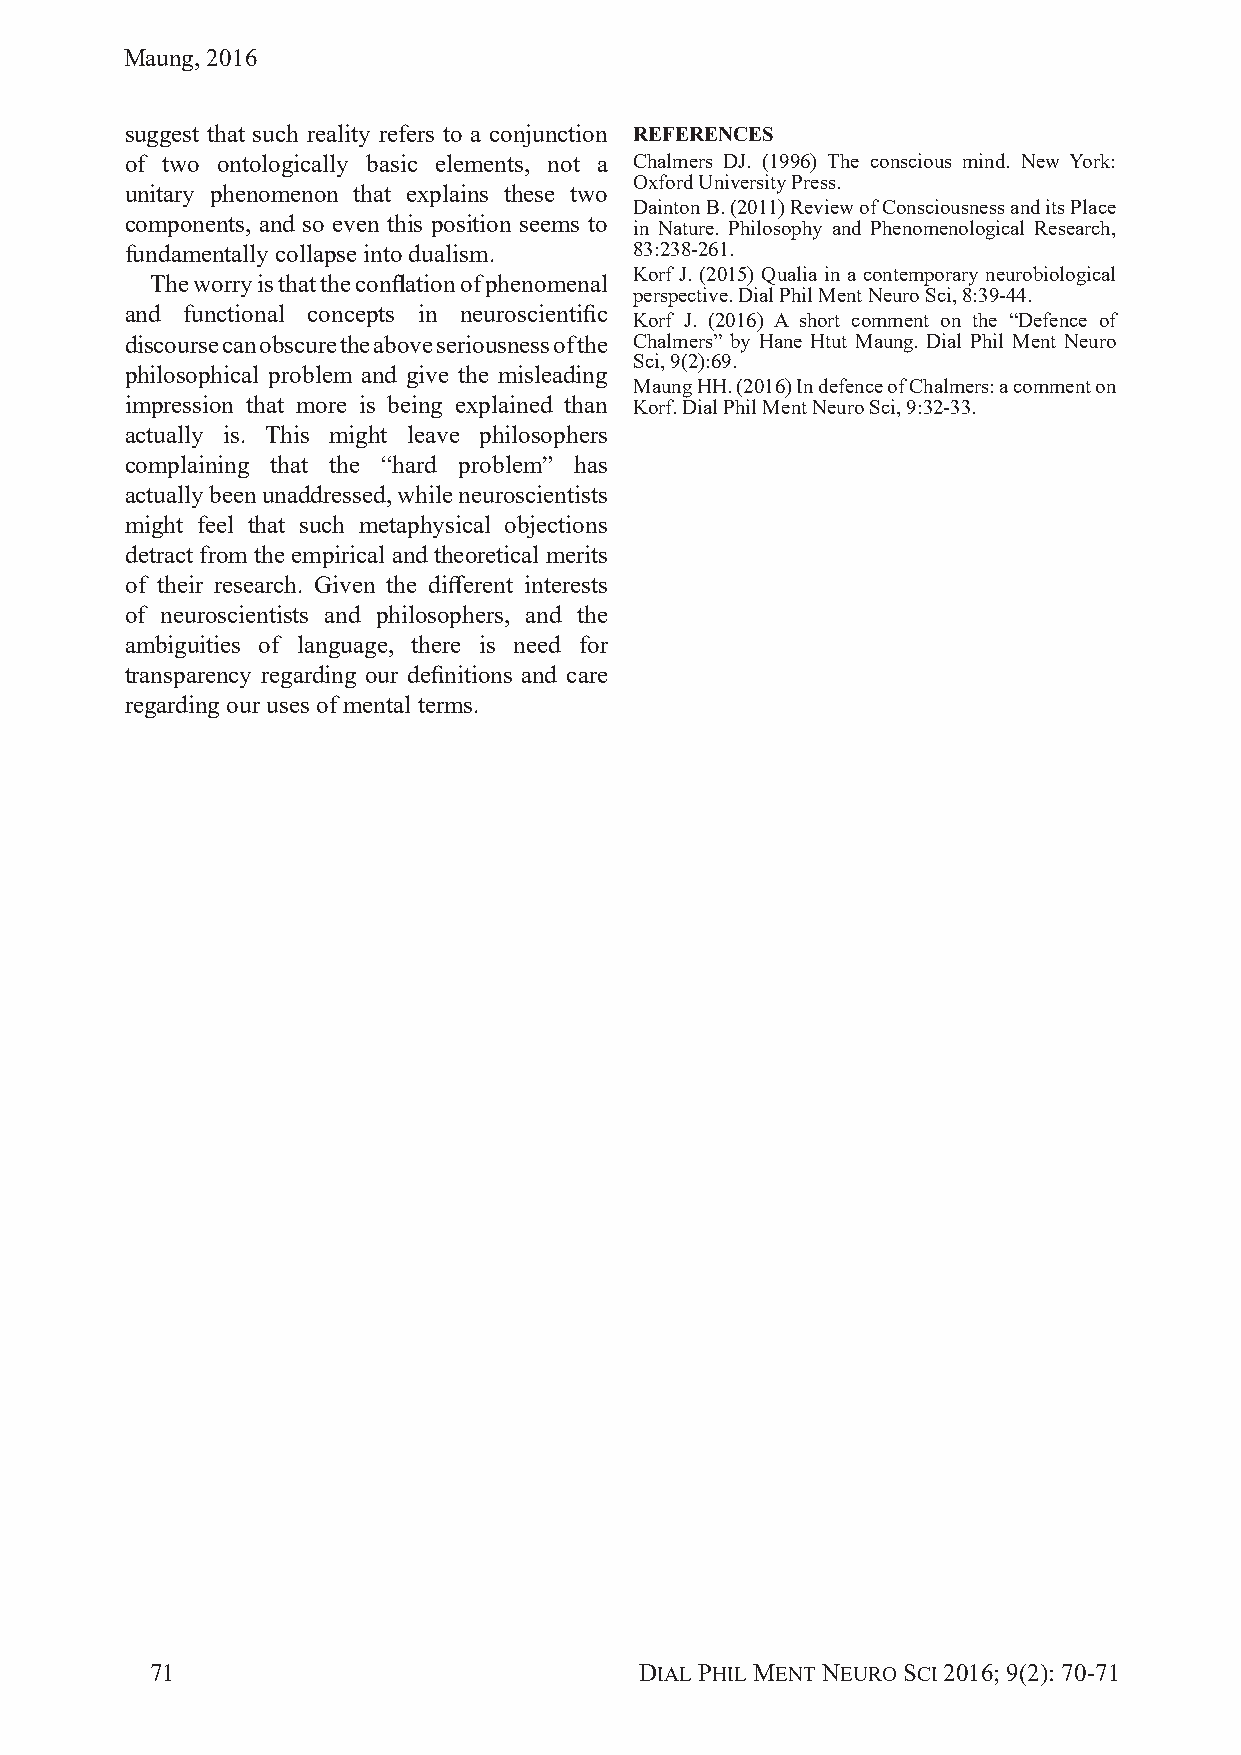
Maung, 2016
 suggest that such reality refers to a conjunction REFERENCES
 of two ontologically basic elements, not a Chalmers DJ. (1996) The conscious mind. New York:
 Oxford University Press.
 unitary phenomenon that explains these two
 Dainton B. (2011) Review of Consciousness and its Place
 components, and so even this position seems to in Nature. Philosophy and Phenomenological Research,
 fundamentally collapse into dualism. 83:238-261.
 Korf J. (2015) Qualia in a contemporary neurobiological
 The worry is that the confl ation of phenomenal
 perspective. Dial Phil Ment Neuro Sci, 8:39-44.
 and functional concepts in neuroscientifi c
 Korf J. (2016) A short comment on the “Defence of
 discourse can obscure the above seriousness of the Chalmers” by Hane Htut Maung. Dial Phil Ment Neuro
 Sci, 9(2):69.
 philosophical problem and give the misleading
 Maung HH. (2016) In defence of Chalmers: a comment on
 impression that more is being explained than Korf. Dial Phil Ment Neuro Sci, 9:32-33.
 actually is. This might leave philosophers
 complaining that the “hard problem” has
 actually been unaddressed, while neuroscientists
 might feel that such metaphysical objections
 detract from the empirical and theoretical merits
 of their research. Given the diff erent interests
 of neuroscientists and philosophers, and the
 ambiguities of language, there is need for
 transparency regarding our defi nitions and care
 regarding our uses of mental terms.
 71                              DIAL PHIL MENT NEURO SCI 2016; 9(2): 70-71